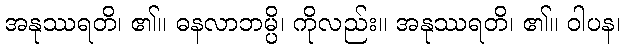
အနုဿရတိ၊ ၏။ ဓနလာဘမ္ပိ၊ ကိုလည်း။ အနုဿရတိ၊ ၏။ ဝါပန၊